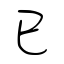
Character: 已